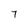
Character: 7